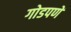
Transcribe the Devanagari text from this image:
गोडपणें